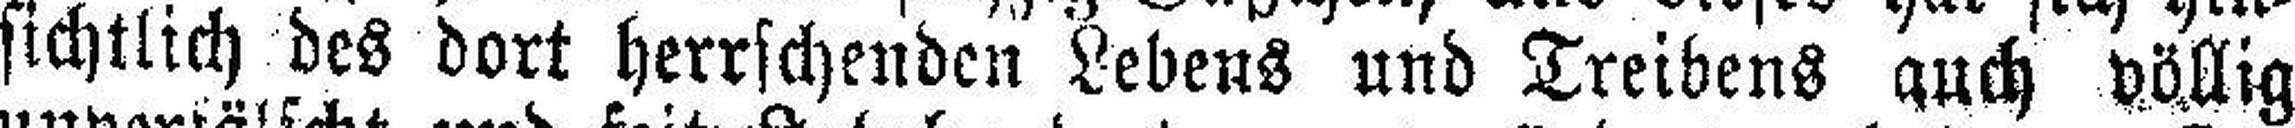
sichtlich des dort herrschenden Lebens und Treibens auch völlig